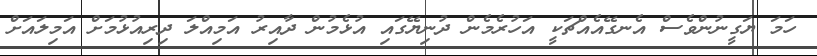
ހަމަ ޔަގީނުންވެސް އެނގޭއެއްޗަކީ އަހުރެމެން ދުނިޔޭގައި އުޅެމުން ދާއިރު އަމިއްލަ ދިރިއުޅުމަށް އަމިލައަށް